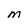
Character: m